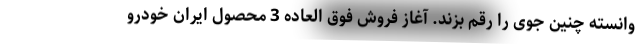
وانسته چنین جوی را رقم بزند. آغاز فروش فوق العاده 3 محصول ایران خودرو